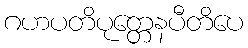
ဂဟပတိပုတ္တေနပီတိပေ